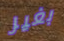
بغير